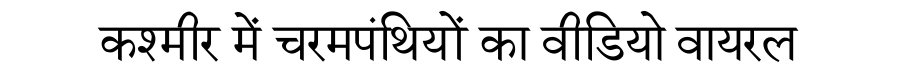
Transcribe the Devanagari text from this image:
कश्मीर में चरमपंथियों का वीडियो वायरल